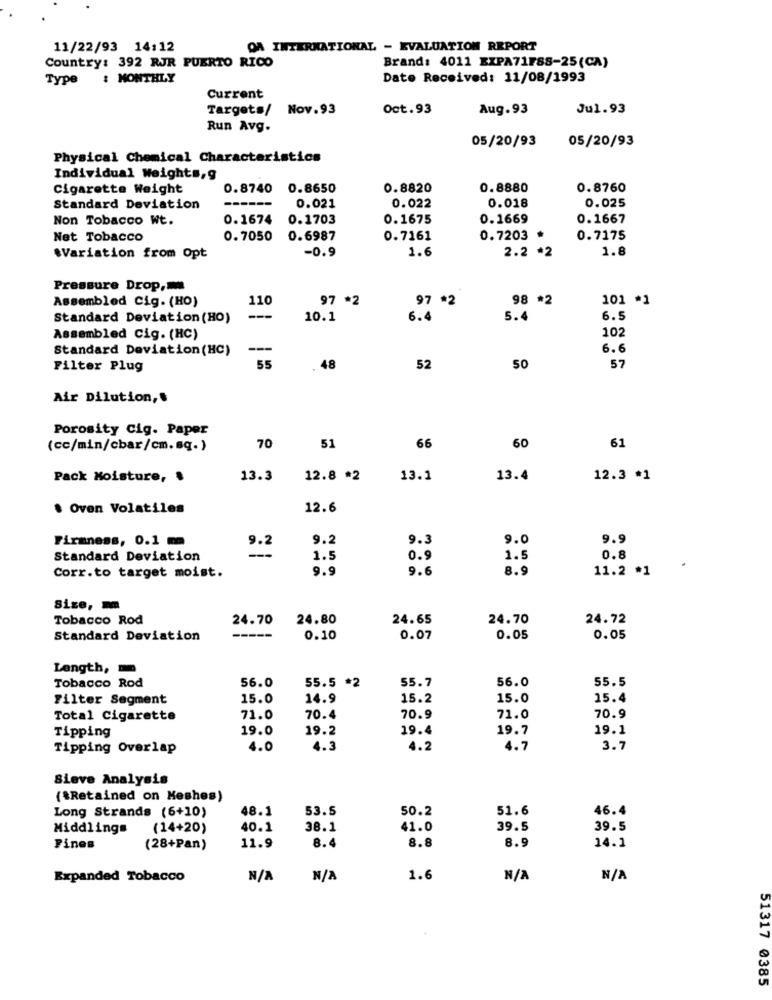
11/22/93 14:12
QA INTERNATIONAL - EVALUATION REPORT
Country: 392 RJR PUERTO RICO
Brand: 4011 EXPA71F88-25(CA)
Type
: MONTHLY
Date Received: 11/08/1993
Current
Targets/ Nov.93
Oct.93
Aug.93
Jul.93
Run Avg.
05/20/93
05/20/93
Physical Chemical Characteristics
Individual Weights,g
Cigarette Weight
0.8740
0.8650
0.8820
0.8880
0.8760
0.018
0.025
Standard Deviation
0.021
0.022
Non Tobacco Wt.
0.1674
0.1703
0.1675
0.1669
0.1667
Net Tobacco
0.7050
0.6987
0.7161
0.7203 *
0.7175
-0.9
1.6
2.2 *2
1.8
.Variation from Opt
Pressure Drop,
Assembled Cig. (HO)
110
97 *2
97 *2
98 *2
101 *1
Standard Deviation (HO)
---
10.1
6.4
5.4
6.5
102
Assembled Cig. (HC)
Standard Deviation (HC)
-
6.6
55
48
Filter Plug
52
50
57
Air Dilution ,.
Porosity Cig. Paper
60
61
(cc/min/cbar/cm.sq.)
70
51
66
Pack Moisture, .
13.3
12.8 *2
13.1
13.4
12.3 *1
. Oven Volatiles
12.6
Firmness, 0.1 m
9.2
9.3
9.0
9.9
9.2
Standard Deviation
1.5
0.9
1.5
0.8
Corr.to target moist.
9.9
9.6
8.9
11.2 *1
Size, m
Tobacco Rod
24.70
24.80
24.65
24.70
24.72
Standard Deviation
----
0.10
0.07
0.05
0.05
Length,
55.7
56.0
55.5
Tobacco Rod
56.0
55.5 *2
Filter Segment
15.0
14.9
15.2
15.0
15.4
Total Cigarette
71.0
70.4
70.9
71.0
70.9
Tipping
19.0
19.2
19.4
19.7
19.1
Tipping Overlap
4.0
4.3
4.2
4.7
3.7
Sieve Analysis
(*Retained on Meshes)
48.1
53.5
50.2
51.6
46.4
Long Strands (6+10)
Middlings
(14+20)
40.1
38.1
41.0
39.5
39.5
8.4
Fines
(28+Pan)
11.9
8.8
8.9
14.1
Expanded Tobacco
1.6
51317 0385